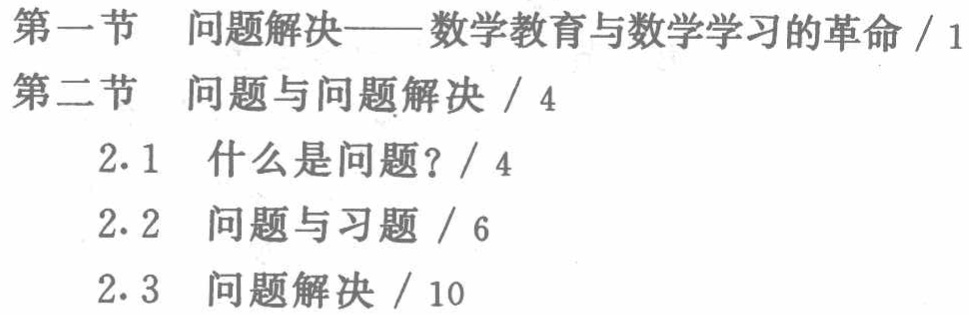
第一节 问题解决——数学教育与数学学习的革命 / 1

第二节 问题与问题解决 / 4

2.1 什么是问题？ / 4

2.2 问题与习题 / 6

2.3 问题解决 / 10